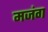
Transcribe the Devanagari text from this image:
मजंग